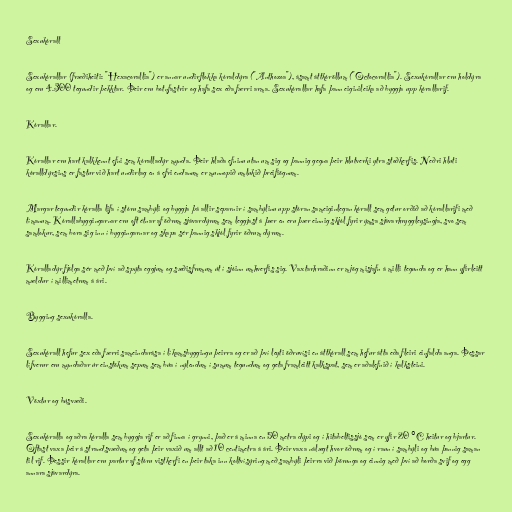
Sexukórall

Sexukórallar (fræðiheiti: "Hexacorallia") er annar undirflokka kóraldýra ("Anthozoa"), ásamt áttkóröllum ("Octocorallia"). Sexukórallar eru holdýra
og eru 4.300 tegundir þekktar. Þeir eru botnfastrir og hafa sex eða færri arma. Sexukórallar hafa þann eiginileika að byggja upp kórallarif.

Kórallar.

Kórallar eru hart kalkkennt efni sem kóralladýr mynda. Þeir hlaða efninu utan um sig og þannig gegna þeir hlutverki ytra stoðkerfis. Neðri hluti
kóralldýrsins er fastur við hart undirlag en á efri endanum er munnopið umlukið þreifiögnum.

Margar tegundir kóralla lifa í stóru sambýli og byggja þá allir separnir í sambýlinu upp stóran sameiginlegan kórall sem getur orðið að kórallarifi með
tímanum. Kórallabyggingarnar eru oft étnar af öðrum sjávardýrum sem leggjast á þær en eru þær einnig skjól fyrir ýmsa sjávarhryggleysingja, svo sem
samlokur, sem bora sig inn í byggingarnar og skapa sér þannig skjól fyrir öðrum dýrum.

Kóralladýr fjölga sér með því að spýta eggjum og sæðisfrumum út í sjóinn umhverfis sig. Vaxtarhraðinn er mjög misjafn á milli tegunda og er hann yfirleitt
mældur í millimetrum á ári.

Bygging sexukóralla.

Sexukórall hefur sex eða færri sameindarása í líkamsbyggingu þeirra og er að því leyti öðruvísi en áttkórall sem hefur átta eða fleiri einfalda anga. Þessar
lífverur eru myndaðar úr einstökum sepum sem búa í nýlendum í sumum tegundum og geta framleitt kalkspat, sem er aðalefnið í kalksteini.

Vöxtur og búsvæði.

Sexukóralla og aðra kóralla sem byggja rif er að finna í grynni, það er á minna en 50 metra dýpi og í hitabeltissjó sem er yfir 20 °C heitur og bjartur.
Oftast vaxa þeir á strandsvæðum og geta þeir vaxið um allt að 10 centimetra á ári. Þeir vaxa nálægt hvor öðrum og í raun í sambýli og búa þannig saman
til rif. Þessir kórallar eru partur af stóru vistkerfi en þeir taka inn koltvísýring með sambýli þeirra við þörunga og einnig með því að borða svif og egg
annara sjávardýra.